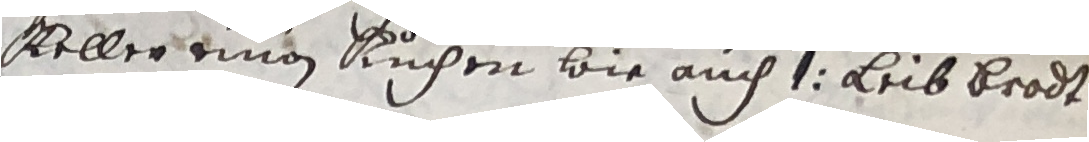
Kellertman ruchen wie auch e leib brodt